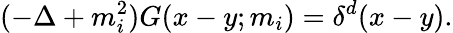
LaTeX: (-\Delta+m_{i}^{2})G(x-y;m_{i})=\delta^{d}(x-y).